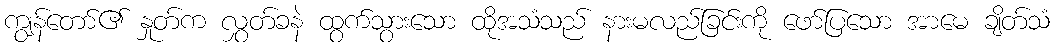
ကျွန်တော်၏ နှုတ်က လွှတ်ခနဲ ထွက်သွားသော ထိုအသံသည် နားမလည်ခြင်းကို ဖော်ပြသော အာမေ ချိတ်သံ